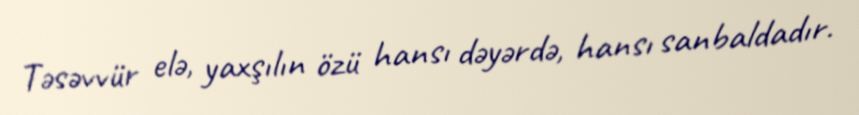
Təsəvvür elə, yaxşılın özü hansı dəyərdə, hansı sanbaldadır.